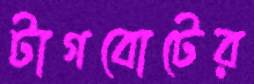
টাগবোটের